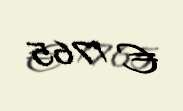
€ 1765